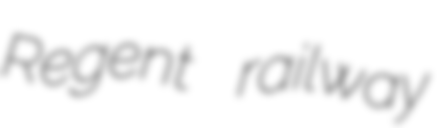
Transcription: Regent railway